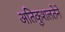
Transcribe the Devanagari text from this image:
अतिकुशलतेने